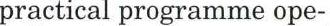
practical programme ope-